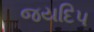
જયદિપ